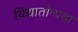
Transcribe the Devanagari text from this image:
विद्यातोन्यथा